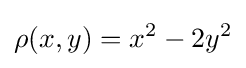
\rho (x,y)=x^{2}-2y^{2}